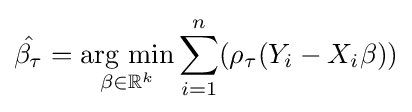
{\hat {\beta _{\tau }}}={\underset {\beta \in \mathbb {R} ^{k}}{\mbox{arg min}}}\sum _{i=1}^{n}(\rho _{\tau }(Y_{i}-X_{i}\beta ))